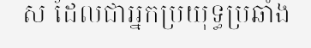
ស ដែលជាអ្នកប្រយុទ្ធប្រឆាំង